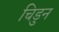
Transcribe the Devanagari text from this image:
चिडुन